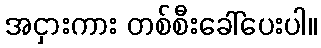
အငှားကား တစ်စီးခေါ်ပေးပါ။